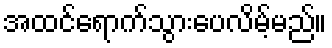
အထင်ရောက်သွားပေလိမ့်မည်။